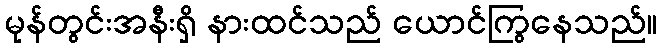
မုန်တွင်းအနီးရှိ နားထင်သည် ယောင်ကြွနေသည်။